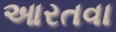
આરતવા